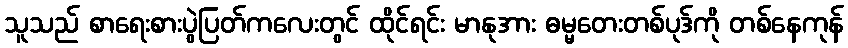
သူသည် စာရေးစားပွဲပြတ်ကလေးတွင် ထိုင်ရင်း မာနုအား ဓမ္မတေးတစ်ပုဒ်ကို တစ်နေကုန်